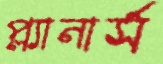
প্ল্যানার্স